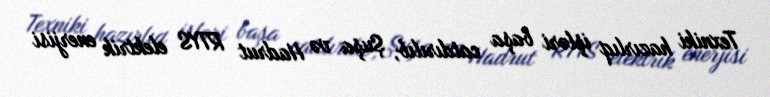
Texniki hazırlıq işləri başa catdırılıb, Şuşa və Hadrut RTYS elektrik enerjisi